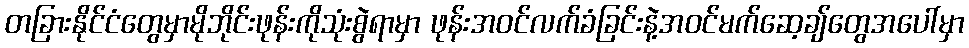
တခြားနိုင်ငံတွေမှာမိုဘိုင်းဖုန်းကိုသုံးစွဲရာမှာ ဖုန်းအဝင်လက်ခံခြင်းနဲ့အဝင်မက်ဆေ့ချ်တွေအပေါ်မှာ